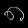
Digit: ၈